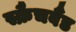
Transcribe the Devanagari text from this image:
स्क्रैचबैंड